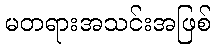
မတရားအသင်းအဖြစ်